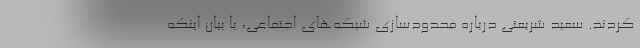
کردند. سعید شریعتی درباره محدودسازی شبکه‌های اجتماعی، با بیان اینکه